Report of an investigation into the causes of malaria in Bombay and the measures necessary for its control
Disease focus: Malaria
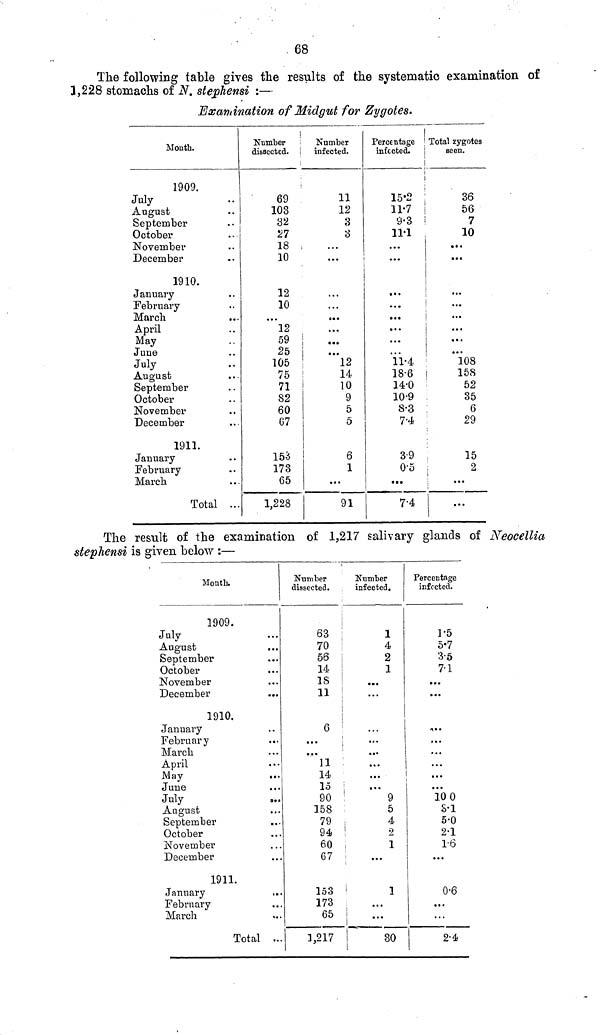
68
The following table gives the results of the systematic examination of
3,228 stomachs of N. stephensi :—
Examination of Midgut for Zygotes.
Month.
1909.
July
August
September
October
November
December
1910.
January
February
March
April
May
June
July
August
September
October
November
December
1911.
January
February
March
Total ..
Number
dissected.
69
103
32
27
18
10
12
10
• • •
12
59
25
105
75
71
82
60
07
153
173
65
1,228
Number
infected.
11
12
3
3
• • •
..
•. •
..
..
• ••
12
14
10
9
5
5
6
1
..
91
Percentage
infected.
15.2
11.7
9.3
11.1
..
..
..
«••
..
..
11.4
18.6
14.0
10.9
8.3
7.4
3.9
0.5
7.4
Total zygotes
seen.
36
56
7
10
• • •
..
•••
..
..
..
..
..
108
158
52
35
6
29
15
;
2
!
..
The result of the examination of 1,217 salivary glands of Neocellia
stephensi is given below :—
Month.
1909.
July
August
September
October
November
December
..
1910.
January
February
March
April
May
June
July
August
September
October
November
December
1911.
January
February
March
Total ..
Number
dissected.
63
70
56
14
18
11
G
• • •
• • •
11
14
15
90
158
79
94
60
67
153
173
65
1,217
Number
infected.
1
4
2
1
..
..
..
..
..
'
..
9
5
4
2
1
1
..
..
30
Percentage
infected.
1.5
5.7
3.5
7.1
• • *
..
..
..
..
10.0
8.1
5.0
2.1
1.6
..
0.6
..
..
2.4